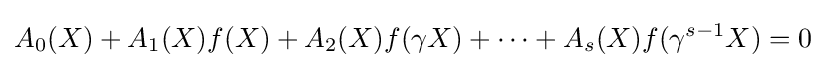
A_{0}(X)+A_{1}(X)f(X)+A_{2}(X)f(\gamma X)+\cdots +A_{s}(X)f(\gamma ^{s-1}X)=0